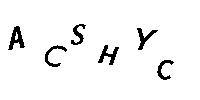
ACSHYC